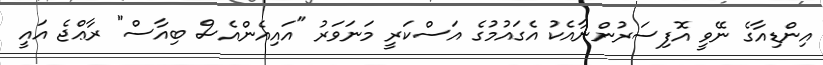
އިންޑިއާގެ ނޭވީ އޮފިސަރުންނާއެކު އެގައުމުގެ އަސްކަރީ މަނަވަރު "އައިއެންއެސް ބިއާސް" ރާޢްޖެ އައީ